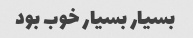
بسیار بسیار خوب بود